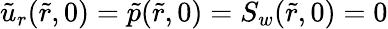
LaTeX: \tilde{u}_{r}(\tilde{r},0)=\tilde{p}(\tilde{r},0)=S_{w}(\tilde{r},0)=0